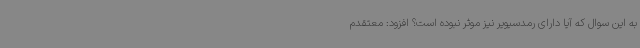
به این سوال که آیا دارای رمدسیویر نیز موثر نبوده است؟ افزود: معتقدم